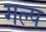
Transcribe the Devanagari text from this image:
गल्‍प